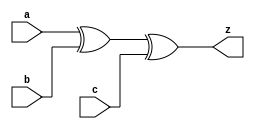
module parity_even_gen(
  input a, b, c,
  output z);
  
  wire d; // Declare a wire 'd' for intermediate signal
  
  xor(d, a, b); //  XOR gate with inputs 'a' and 'b', output connected to 'd'
  xor(z, d, c); //  XOR gate with inputs 'd' and 'c', output connected to 'z'
  
endmodule